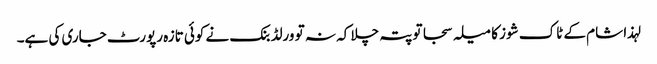
لہذا شام کے ٹاک شوز کا میلہ سجا تو پتہ چلا کہ نہ تو ورلڈ بنک نے کوئی تازہ رپورٹ جاری کی ہے۔